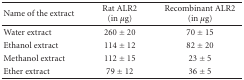
| Name of the extract | Rat ALR2 (in μg) | Recombinant ALR2 (in μg) |
 | --- | --- | --- |
 | Water extract | 260 ± 20 | 70 ± 15 |
 | Ethanol extract | 114 ± 12 | 82 ± 20 |
 | Methanol extract | 112 ± 15 | 23 ± 5 |
 | Ether extract | 79 ± 12 | 36 ± 5 |